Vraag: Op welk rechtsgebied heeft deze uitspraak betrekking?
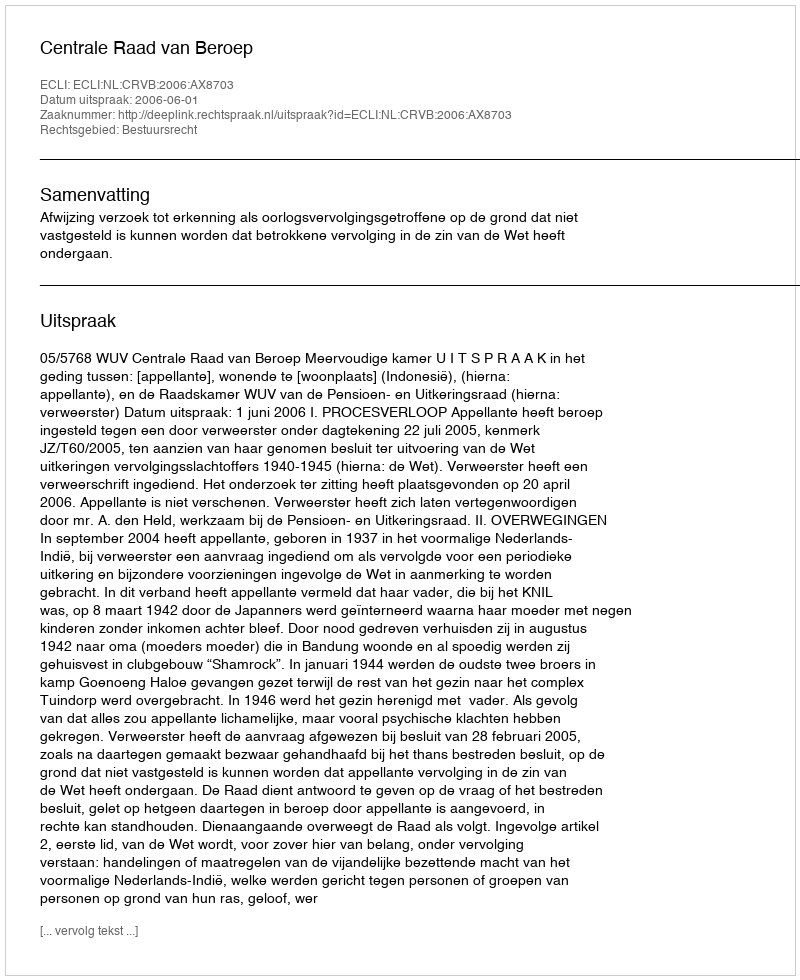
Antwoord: Bestuursrecht